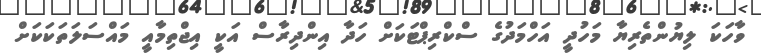
ވާހަކަ ލިޔުންތެރިޔާ މަހުދީ އަހްމަދުގެ ސްކްރިޕްޓަކަށް ހަދާ އިންދިރާސް އަކީ އިޖްތިމާއީ މައްސަލަތަކަކަށް